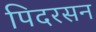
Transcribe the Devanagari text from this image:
पिदरसन